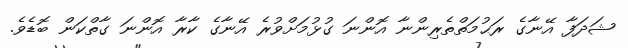
ޝަދަފާ އޭނާގެ ރަޙުމަތްތެރިންނާ އޮންނަ ގުޅުމަށްވުރެ އޭނާގެ ކާރާ އޮންނަ ގާތްކަން ބޮޑެވެ.